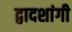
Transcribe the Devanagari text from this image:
द्वादशांगी